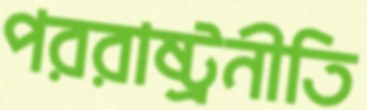
পররাষ্ট্রনীতি